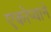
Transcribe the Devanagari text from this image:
एकोप्याने